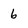
Character: 6